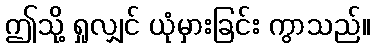
ဤသို့ ရှုလျှင် ယုံမှားခြင်း ကွာသည်။